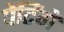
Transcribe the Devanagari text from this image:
पेंटिंगें